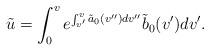
LaTeX: \begin{align*} \tilde{u}=\int_0^ve^{\int_{v'}^{v}\tilde{a}_0(v'')dv''}\tilde{b}_0(v')dv'.\end{align*}